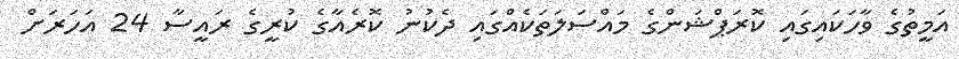
އަމީތުގެ ވާހަކައިގައި ކޮރަޕްޝަންގެ މައްސަލަތަކެއްގައި ދެކުނު ކޮރެއާގެ ކުރީގެ ރައީސާ 24 އަހަރަށް